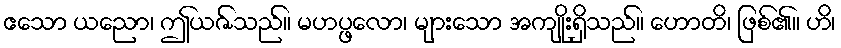
ဧသော ယညော၊ ဤယဇ်သည်။ မဟပ္ဖလော၊ များသော အကျိုးရှိသည်။ ဟောတိ၊ ဖြစ်၏။ ဟိ၊